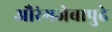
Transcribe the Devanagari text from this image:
औरंगजेबापुढे